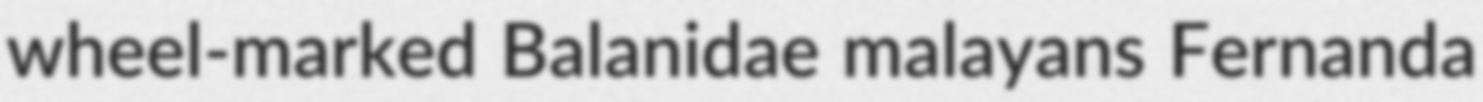
wheel-marked Balanidae malayans Fernanda